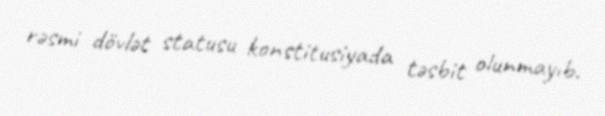
rəsmi dövlət statusu konstitusiyada təsbit olunmayıb.